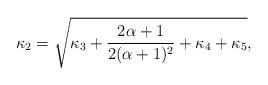
LaTeX: \begin{align*} \kappa_2 =\sqrt{ \kappa_3 + \frac {2\alpha+1} {2(\alpha+1)^2 } +\kappa_4 +\kappa_5},\end{align*}